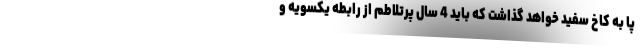
پا به کاخ سفید خواهد گذاشت که باید 4 سال پرتلاطم از رابطه یکسویه و